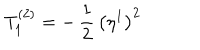
LaTeX: T _ { 1 } ^ { ( 2 ) } = - \, \frac { 1 } { 2 } \, \bigl ( \eta ^ { 1 } \bigr ) ^ { 2 }